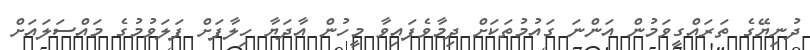
ދުނިޔޭގެ ތަރައްގީވަމުން އަންނަ ގައުމުތަކަށް ދިމާވެފައިވާ މީހުން އާދަޔާ ހިލާފަށް ފަލަވުމުގެ މައްސަލައަށް